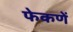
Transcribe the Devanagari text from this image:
फेकणें